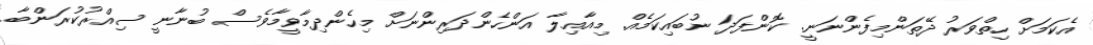
އެކަމަށް ހިތްވަރު ދޭތަންމިފެންނަނީ. ކޮންފަދަ ނުބައިކަމެއް. މިއާއިލާ އަންހެންދަރިންނަށް މިހެންދިމާވީމާވެސް ބުނާނީ ސިއްރުކުރަންބާ.